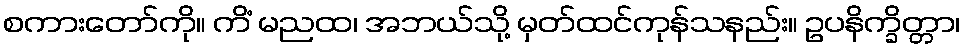
စကားတော်ကို။ ကိံ မညထ၊ အဘယ်သို့ မှတ်ထင်ကုန်သနည်း။ ဥပနိက္ခိတ္တာ၊